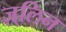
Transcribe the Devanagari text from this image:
ज़्लिन